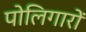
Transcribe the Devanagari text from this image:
पोलिगारों